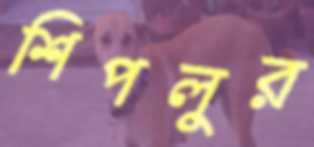
শিপলুর